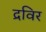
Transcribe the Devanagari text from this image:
द्रविर